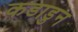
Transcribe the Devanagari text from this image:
कडाडुन